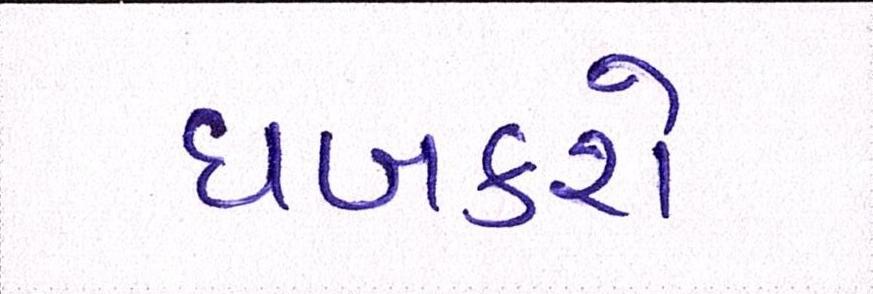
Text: ધબકશે